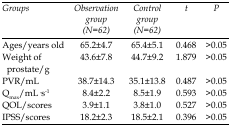
<table><thead><tr><td><b><i>Groups</i></b></td><td><b><i>Observation group(N=62)</i></b></td><td><b><i>Control group(N=62)</i></b></td><td><b><i>t</i></b></td><td><b><i>P</i></b></td></tr></thead><tbody><tr><td>Ages/years old</td><td>65.2±4.7</td><td>65.4±5.1</td><td>0.468</td><td>&gt;0.05</td></tr><tr><td>Weight of prostate/g</td><td>43.6±7.8</td><td>44.7±9.2</td><td>1.879</td><td>&gt;0.05</td></tr><tr><td>PVR/mL</td><td>38.7±14.3</td><td>35.1±13.8</td><td>0.487</td><td>&gt;0.05</td></tr><tr><td>Qmax/mL·s<sup>-1</sup></td><td>8.4±2.2</td><td>8.5±1.9</td><td>0.593</td><td>&gt;0.05</td></tr><tr><td>QOL/scores</td><td>3.9±1.1</td><td>3.8±1.0</td><td>0.527</td><td>&gt;0.05</td></tr><tr><td>IPSS/scores</td><td>18.2±2.3</td><td>18.5±2.1</td><td>0.396</td><td>&gt;0.05</td></tr></tbody></table>